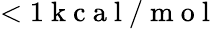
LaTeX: <1\mathrm{~k~c~a~l~}/\mathrm{~m~o~l~}